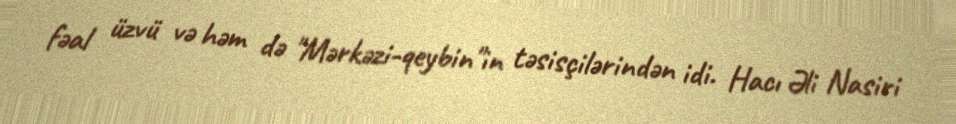
fəal üzvü və həm də "Mərkəzi-qeybin"in təsisçilərindən idi. Hacı Əli Nasiri